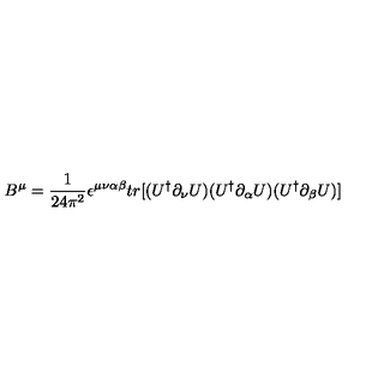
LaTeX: B ^ { \mu } = \frac { 1 } { 2 4 \pi ^ { 2 } } \epsilon ^ { \mu \nu \alpha \beta } t r [ ( U ^ { \dag } \partial _ { \nu } U ) ( U ^ { \dag } \partial _ { \alpha } U ) ( U ^ { \dag } \partial _ { \beta } U ) ]